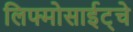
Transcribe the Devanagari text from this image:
लिफ्मोसाईट्चे